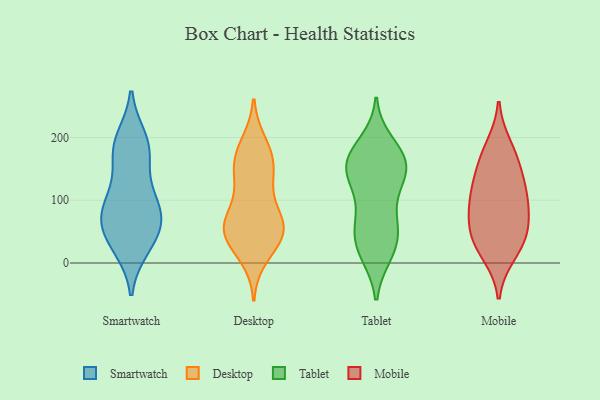
{"axis": {"x": "Shipments", "y": "Value"}, "legend": ["Desktop", "Mobile", "Smartwatch", "Tablet"], "data": [{"x": "", "y": 174, "type": "Smartwatch"}, {"x": "", "y": 83, "type": "Smartwatch"}, {"x": "", "y": 196, "type": "Smartwatch"}, {"x": "", "y": 50, "type": "Smartwatch"}, {"x": "", "y": 26, "type": "Smartwatch"}, {"x": "", "y": 188, "type": "Smartwatch"}, {"x": "", "y": 117, "type": "Smartwatch"}, {"x": "", "y": 85, "type": "Smartwatch"}, {"x": "", "y": 91, "type": "Smartwatch"}, {"x": "", "y": 176, "type": "Smartwatch"}, {"x": "", "y": 77, "type": "Smartwatch"}, {"x": "", "y": 52, "type": "Smartwatch"}, {"x": "", "y": 32, "type": "Smartwatch"}, {"x": "", "y": 65, "type": "Desktop"}, {"x": "", "y": 58, "type": "Desktop"}, {"x": "", "y": 51, "type": "Desktop"}, {"x": "", "y": 168, "type": "Desktop"}, {"x": "", "y": 70, "type": "Desktop"}, {"x": "", "y": 45, "type": "Desktop"}, {"x": "", "y": 31, "type": "Desktop"}, {"x": "", "y": 48, "type": "Desktop"}, {"x": "", "y": 103, "type": "Desktop"}, {"x": "", "y": 178, "type": "Desktop"}, {"x": "", "y": 135, "type": "Desktop"}, {"x": "", "y": 59, "type": "Desktop"}, {"x": "", "y": 150, "type": "Desktop"}, {"x": "", "y": 190, "type": "Desktop"}, {"x": "", "y": 11, "type": "Desktop"}, {"x": "", "y": 146, "type": "Desktop"}, {"x": "", "y": 124, "type": "Tablet"}, {"x": "", "y": 169, "type": "Tablet"}, {"x": "", "y": 180, "type": "Tablet"}, {"x": "", "y": 100, "type": "Tablet"}, {"x": "", "y": 60, "type": "Tablet"}, {"x": "", "y": 192, "type": "Tablet"}, {"x": "", "y": 51, "type": "Tablet"}, {"x": "", "y": 143, "type": "Tablet"}, {"x": "", "y": 14, "type": "Tablet"}, {"x": "", "y": 17, "type": "Tablet"}, {"x": "", "y": 13, "type": "Tablet"}, {"x": "", "y": 42, "type": "Tablet"}, {"x": "", "y": 136, "type": "Tablet"}, {"x": "", "y": 147, "type": "Tablet"}, {"x": "", "y": 152, "type": "Tablet"}, {"x": "", "y": 171, "type": "Tablet"}, {"x": "", "y": 72, "type": "Tablet"}, {"x": "", "y": 51, "type": "Tablet"}, {"x": "", "y": 166, "type": "Tablet"}, {"x": "", "y": 145, "type": "Tablet"}, {"x": "", "y": 120, "type": "Mobile"}, {"x": "", "y": 151, "type": "Mobile"}, {"x": "", "y": 27, "type": "Mobile"}, {"x": "", "y": 87, "type": "Mobile"}, {"x": "", "y": 185, "type": "Mobile"}, {"x": "", "y": 63, "type": "Mobile"}, {"x": "", "y": 103, "type": "Mobile"}, {"x": "", "y": 15, "type": "Mobile"}, {"x": "", "y": 44, "type": "Mobile"}, {"x": "", "y": 109, "type": "Mobile"}, {"x": "", "y": 166, "type": "Mobile"}, {"x": "", "y": 51, "type": "Mobile"}]}